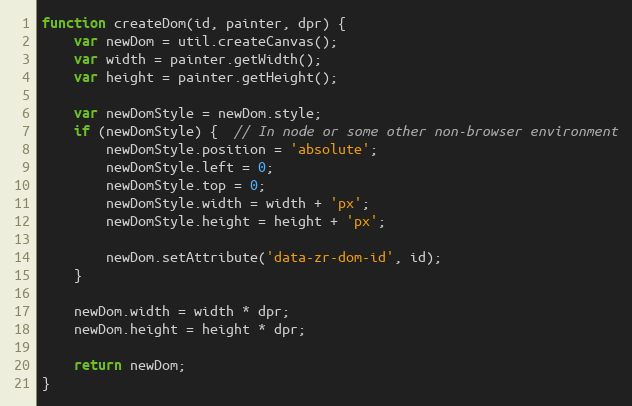
Language: JavaScript
function createDom(id, painter, dpr) {
    var newDom = util.createCanvas();
    var width = painter.getWidth();
    var height = painter.getHeight();

    var newDomStyle = newDom.style;
    if (newDomStyle) {  // In node or some other non-browser environment
        newDomStyle.position = 'absolute';
        newDomStyle.left = 0;
        newDomStyle.top = 0;
        newDomStyle.width = width + 'px';
        newDomStyle.height = height + 'px';

        newDom.setAttribute('data-zr-dom-id', id);
    }

    newDom.width = width * dpr;
    newDom.height = height * dpr;

    return newDom;
}